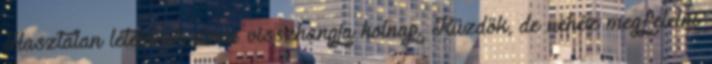
Hasztalan létemnek nincs visszhangja holnap. Küzdök, de nehéz megfelelni